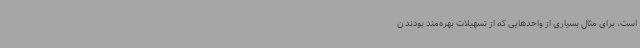
‌است، برای مثال بسیاری از واحدهایی که از تسهیلات بهره‌مند بودند ن